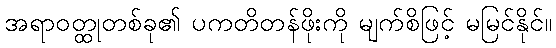
အရာဝတ္ထုတစ်ခု၏ ပကတိတန်ဖိုးကို မျက်စိဖြင့် မမြင်နိုင်။